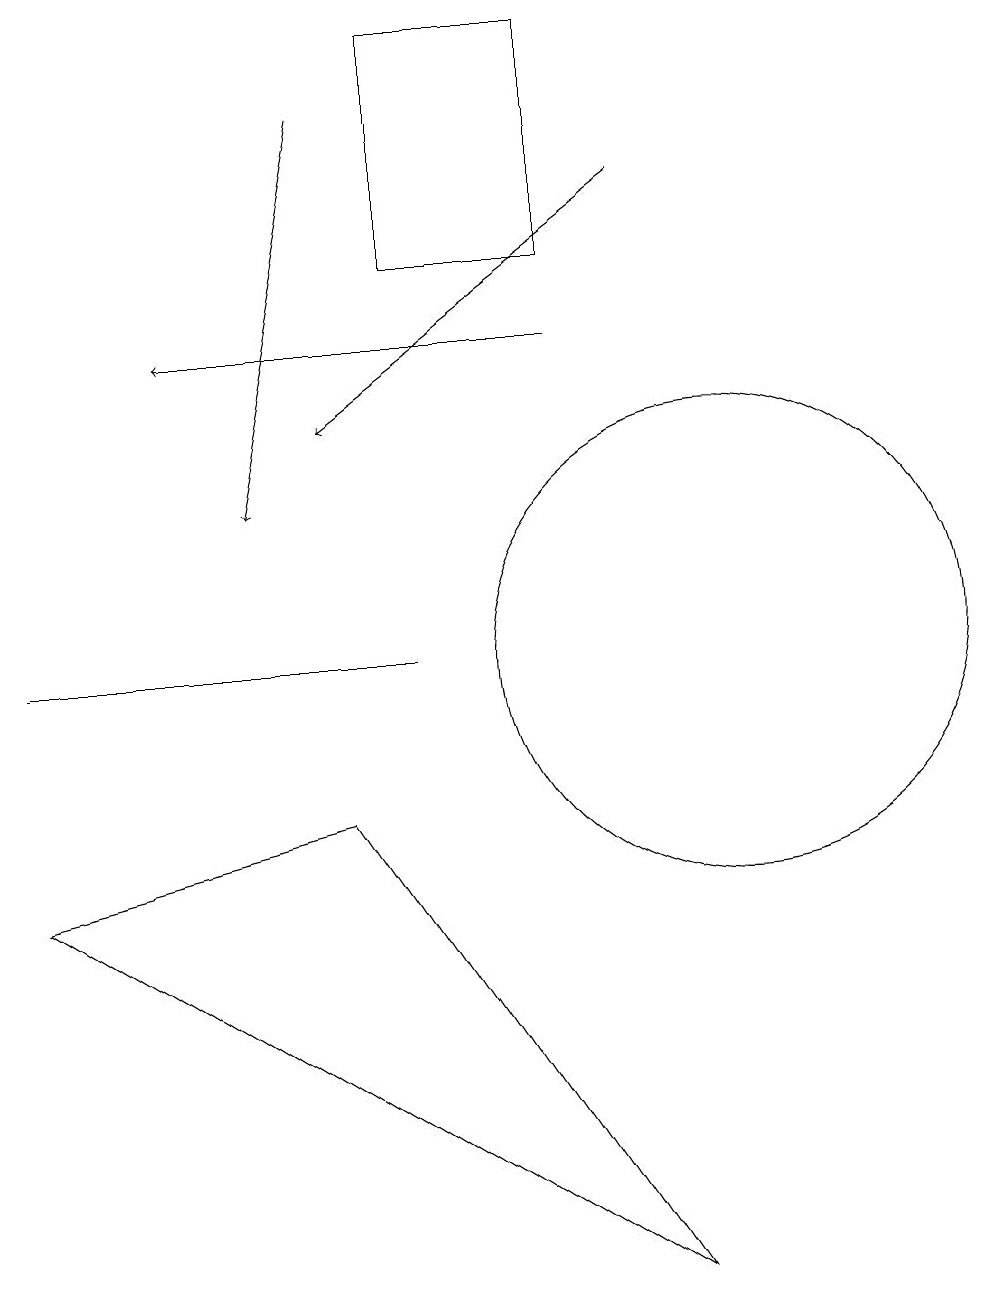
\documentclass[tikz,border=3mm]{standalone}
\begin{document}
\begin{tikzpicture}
\draw (9,2) -- (5,8) -- (1,7) -- cycle;
\draw (6,10) rectangle (1,10);
\draw[->] (9,16) -- (5,13);
\draw[->] (5,17) -- (4,12);
\draw (8,15) rectangle (6,18);
\draw[->] (8,14) -- (3,14);
\draw (10,10) circle (3);
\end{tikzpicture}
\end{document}